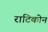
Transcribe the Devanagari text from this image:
राटिकोन